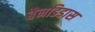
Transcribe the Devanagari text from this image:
बैनडिडास